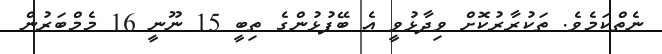
ނެތްކަމެވެ. ތަކުރާރުކޮށް ވިދާޅުވީ އެ ބޭފުޅުންގެ ތިބީ 15 ނޫނީ 16 މެމްބަރުން